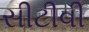
સીટીવી